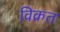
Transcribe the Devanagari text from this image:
विक्रत